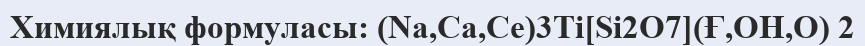
Химиялық формуласы: (Na,Са,Се)3Ті[Sі2O7](Ғ,OН,O) 2